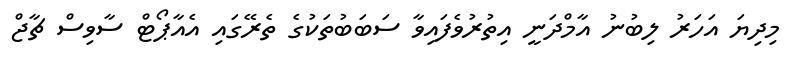
މިދިޔަ އަހަރު ލިބުނު އާމްދަނީ އިތުރުވެފައިވާ ސަބަބުތަކުގެ ތެރޭގައި އެއާޕޯޓް ސާވިސް ޗާޖް